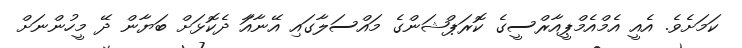
ކަމަށެވެ. އެއީ އެމްއެމްޕީއާރްސީގެ ކޮރަޕްޝަންގެ މައްސަލާގައި އޭނާއާަ ދެކޮޅަށް ބަޔާން ދޭ މީހުންނަށް